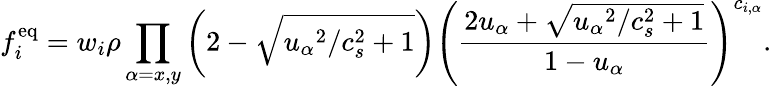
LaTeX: f_{i}^{\mathrm{eq}}=w_{i}\rho\prod_{\alpha=x,y}\left(2-\sqrt{{u_{\alpha}}^{2}/c_{s}^{2}+1}\right){\left(\frac{2u_{\alpha}+\sqrt{{u_{\alpha}}^{2}/c_{s}^{2}+1}}{1-u_{\alpha}}\right)}^{c_{i,\alpha}}.